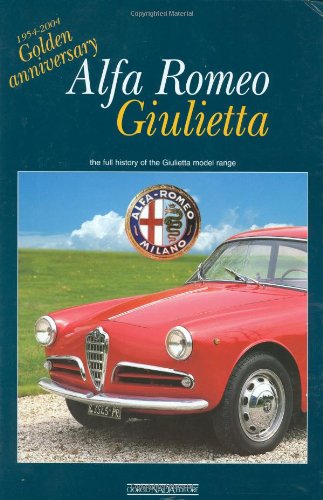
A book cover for Alfa Romeo Giulietta: 1954-2004 Golden Anniversary: the full history of the Giulietta model range; Angelo Tito Anselmi; Engineering & Transportation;